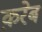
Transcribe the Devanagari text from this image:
क़रेब